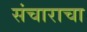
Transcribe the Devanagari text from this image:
संचाराचा